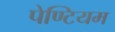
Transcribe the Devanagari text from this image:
पेण्टियम